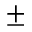
\pm